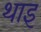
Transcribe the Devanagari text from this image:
थाइ